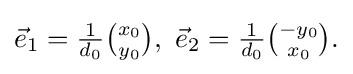
{\textstyle {\vec {e}}_{1}={\frac {1}{d_{0}}}{\binom {x_{0}}{y_{0}}},\ {\vec {e}}_{2}={\frac {1}{d_{0}}}{\binom {-y_{0}}{x_{0}}}.}